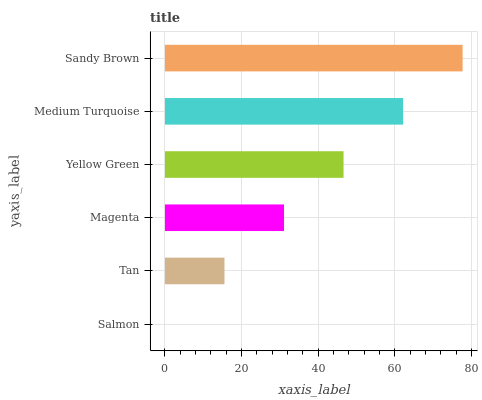
| yaxis_label | bars |
 | --- | --- |
 | Salmon | 0 |
 | Tan | 15.5 |
 | Magenta | 31.1 |
 | Yellow Green | 46.6 |
 | Medium Turquoise | 62.1 |
 | Sandy Brown | 77.7 |